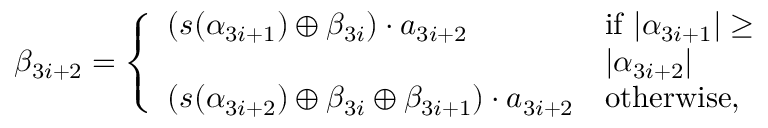
\begin{array} { r } { \beta _ { 3 i + 2 } = \left\{ \begin{array} { l l } { ( s ( \alpha _ { 3 i + 1 } ) \oplus \beta _ { 3 i } ) \cdot a _ { 3 i + 2 } } & { \mathrm { i f ~ } | \alpha _ { 3 i + 1 } | \geq } \\ & { | \alpha _ { 3 i + 2 } | } \\ { ( s ( \alpha _ { 3 i + 2 } ) \oplus \beta _ { 3 i } \oplus \beta _ { 3 i + 1 } ) \cdot a _ { 3 i + 2 } } & { \mathrm { o t h e r w i s e , } } \end{array} \right. } \end{array}